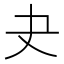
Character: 𡗒